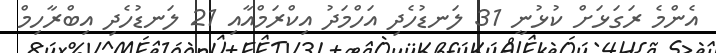
އެންމެ ރަގަޅަށް ކުޅުނީ 31 ލަނޑުހެދި އަހްމަދު އިކްރަމްއާއި 21 ލަނޑުހެދި އިބްރާހިމް